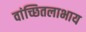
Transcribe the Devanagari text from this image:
वांच्छितलाभाय